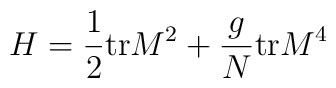
H = \frac{1}{2}{\rm tr} M^2 + \frac{g}{N}{\rm tr} M^4